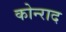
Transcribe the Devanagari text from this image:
कोन्‍राद